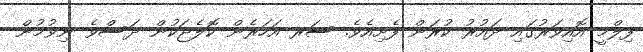
ފިލްމީ އޮއިވަރުގައި ދައުރު ކުރަން ފެށިއެވެ. ސަރ އަހަރެން ކޮލެޖަކުން ދަސްވެ ނިވުމުން